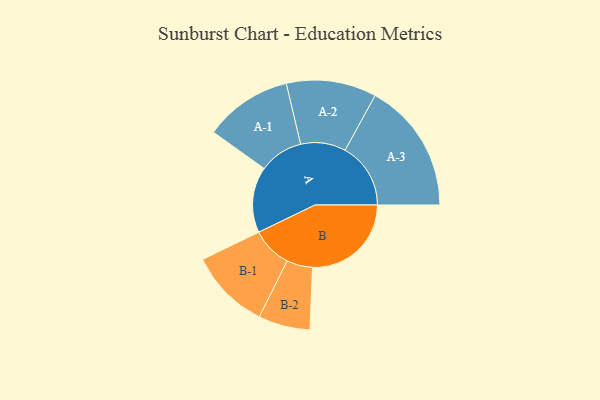
{"axis": {"x": "Segment", "y": "Value"}, "legend": ["", "A", "B"], "data": [{"x": "A", "y": 295, "type": ""}, {"x": "B", "y": 443, "type": ""}, {"x": "A-1", "y": 197, "type": "A"}, {"x": "A-2", "y": 202, "type": "A"}, {"x": "A-3", "y": 294, "type": "A"}, {"x": "B-1", "y": 181, "type": "B"}, {"x": "B-2", "y": 116, "type": "B"}]}